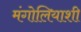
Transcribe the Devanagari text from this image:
मंगोलियाशी